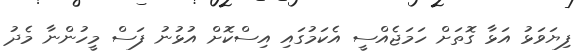
ފިޔަވަޅު އަޅާ ގޮތަށް ހަމަޖެއްސީ އެކަމުގައި އިސްކޮށް އުޅުނު ފަސް މީހުންނާ މެދު